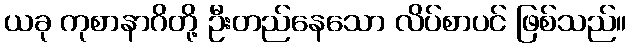
ယခု ကုစာနာဂိတို့ ဦးတည်နေသော လိပ်စာပင် ဖြစ်သည်။